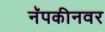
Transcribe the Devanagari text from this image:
नॅपकीनवर